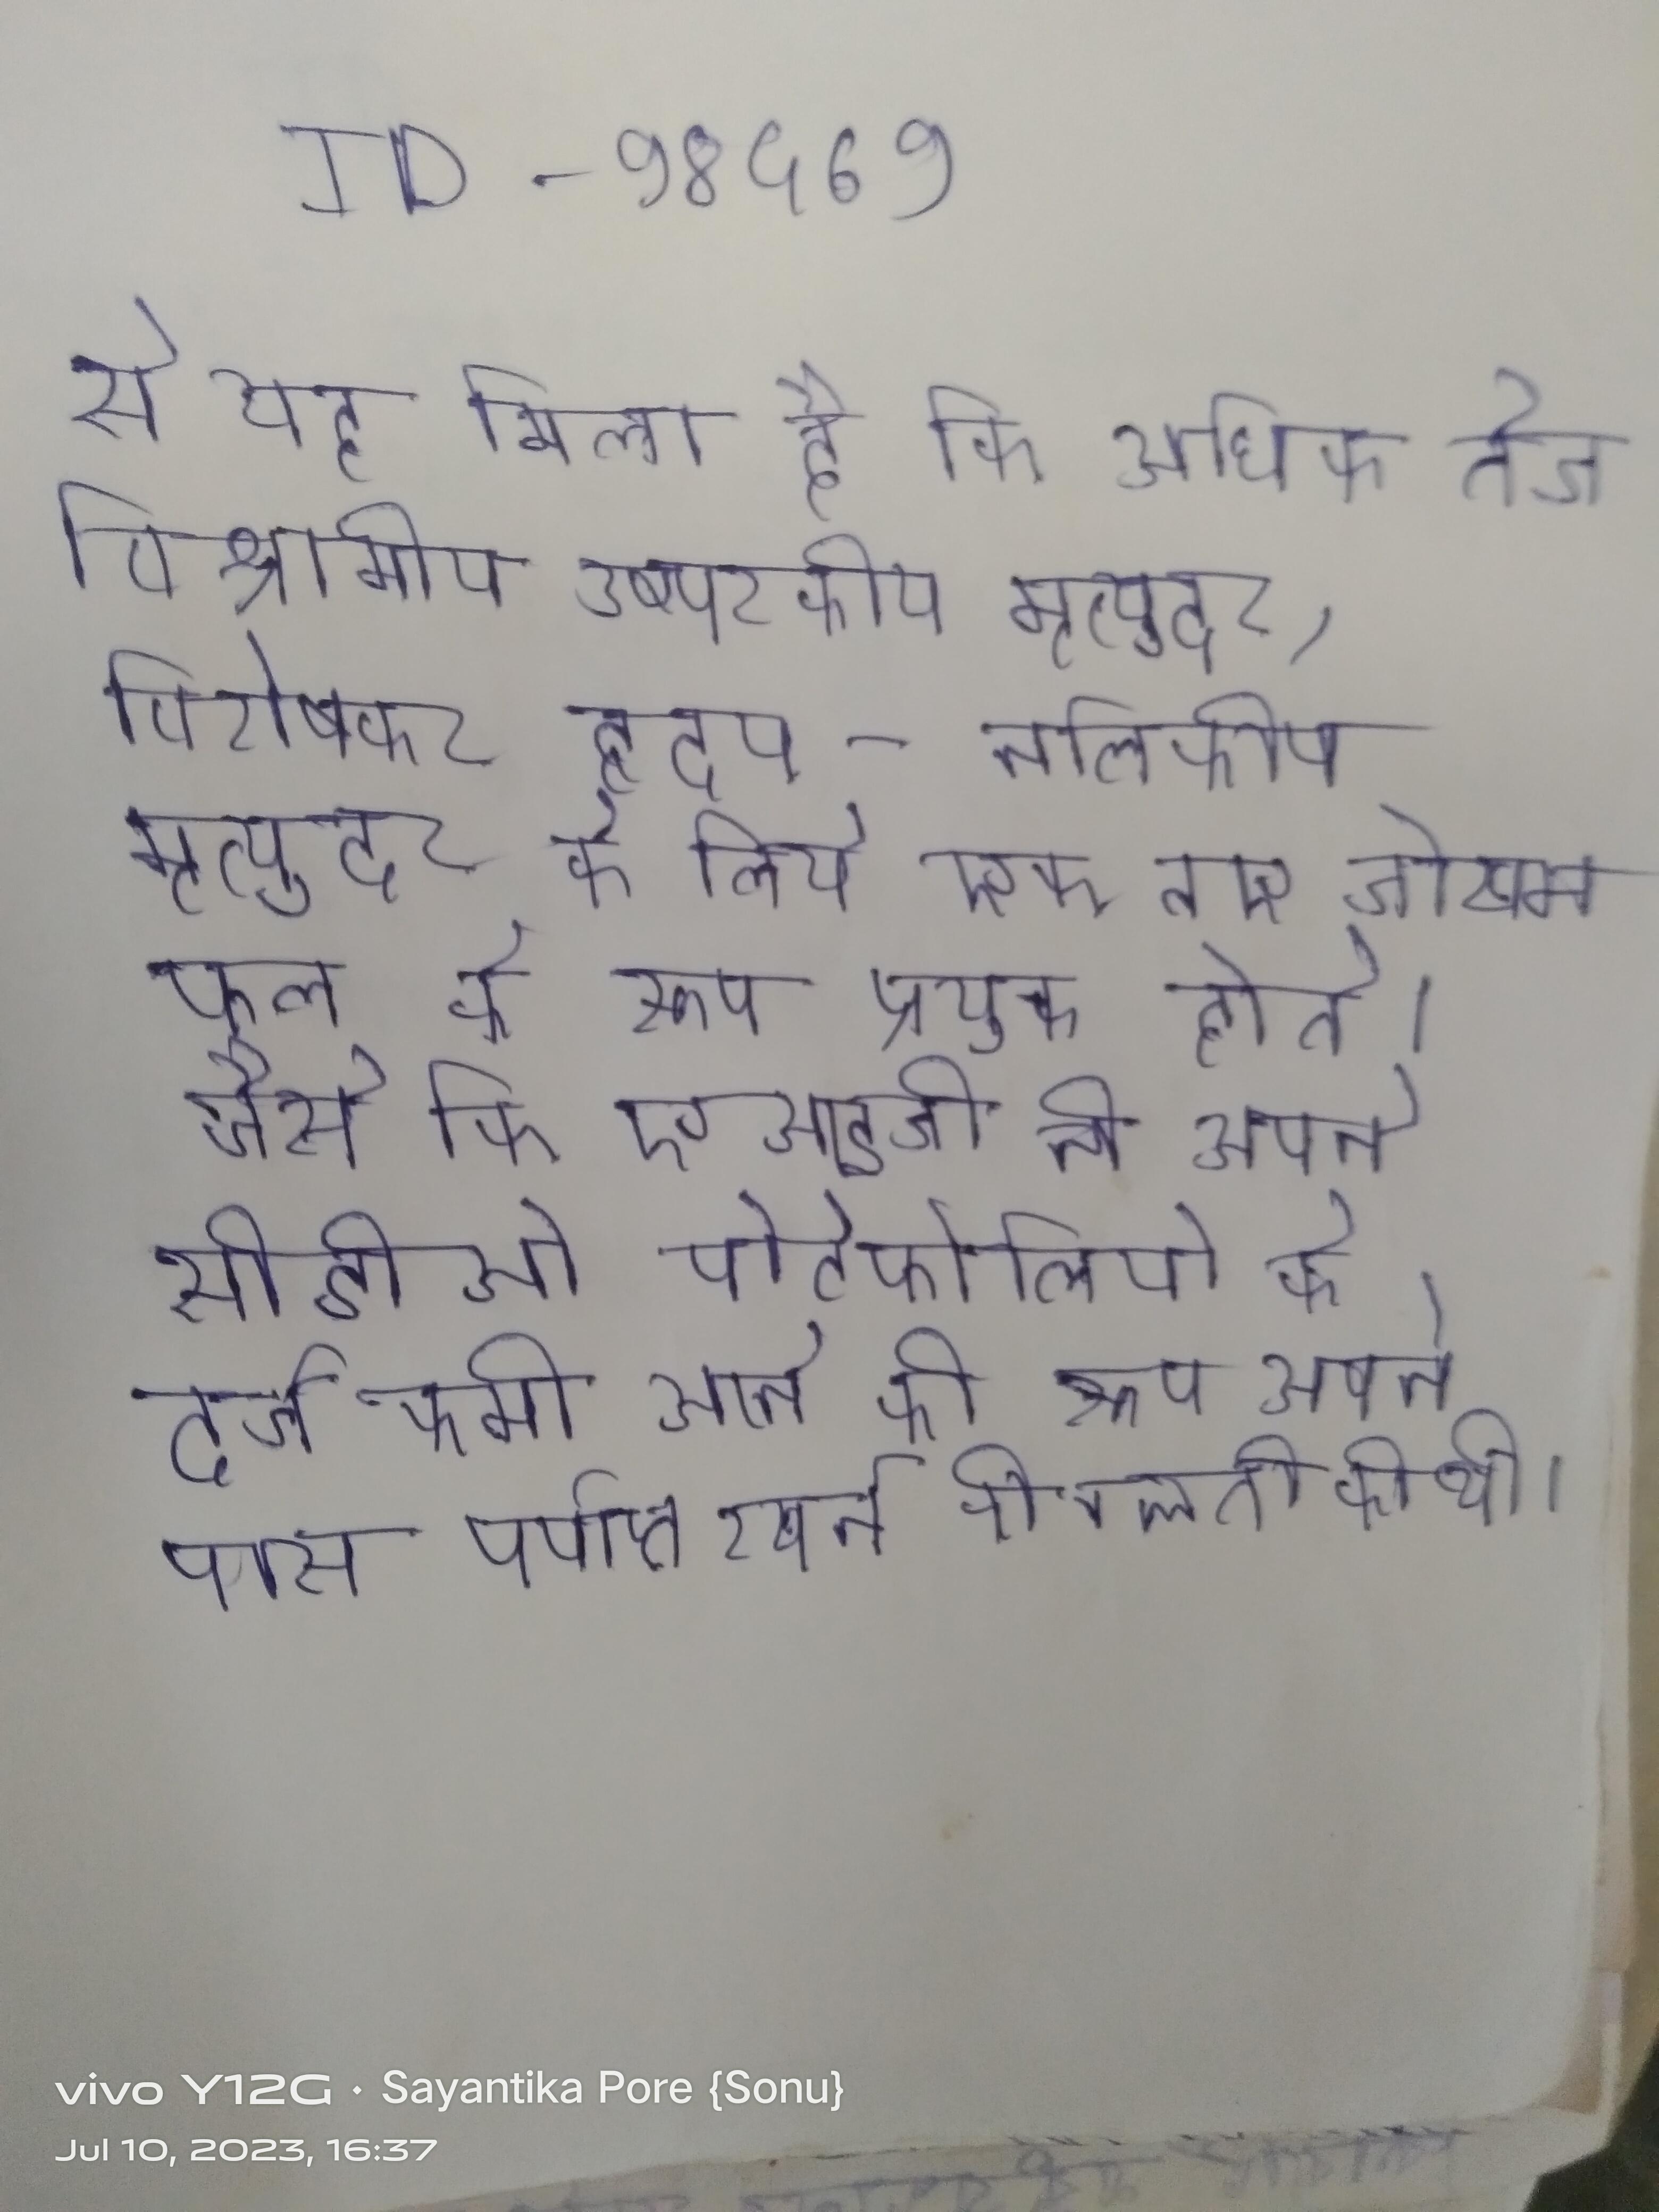
से यह मिला है कि अधिक तेज विश्रामीय उष्णरक्तीय मृत्युदर, विशेषकर हृदय-नलिकीय मृत्युदर के लिये एक नए जोखम कारक के रूप उभरी है . फल के रूप प्रयुक्त होते । जैसे कि एआइजी ने अपने सीडीओ पोर्टफोलियो के दर्जे कमी आने की परिस्थिति आरक्षित के रूप अपने पास पर्याप्त रखने की गलती की थी ।